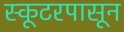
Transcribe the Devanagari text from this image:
स्कूटरपासून